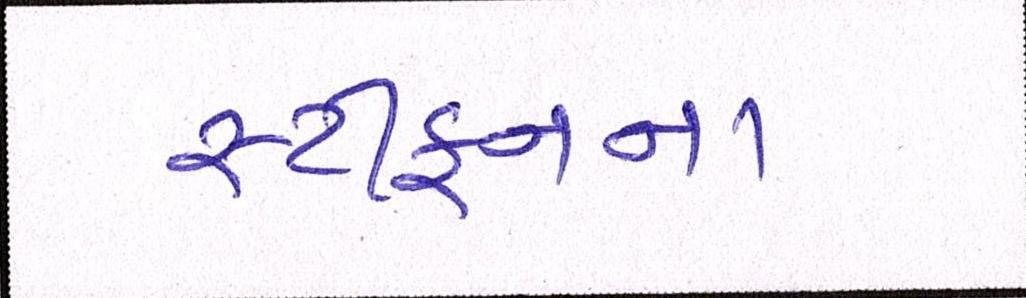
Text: સ્ટીફનના